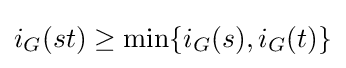
i_{G}(st)\geq \min\{i_{G}(s),i_{G}(t)\}